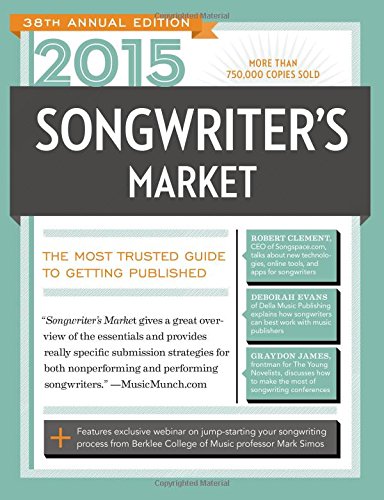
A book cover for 2015 Songwriter's Market: Where & How to Market Your Songs; Arts & Photography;